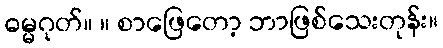
ဓမ္မဂုတ်။ ။ စာဖြေတော့ ဘာဖြစ်သေးတုန်း။